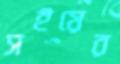
সইয়ের